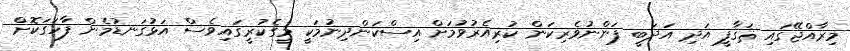
މިރާއްޖޭގައި ޘަޤާފީ އަދި އަދަބީ ފަންނުވެރިކަން ކުރިއެރުވުމަށް އިސްކަންދިނުމަކީ މީގެކުރީގައިވެސް އަޅުގަނޑުމެން ފާހަގަކޮށް